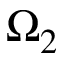
\Omega _ { 2 }